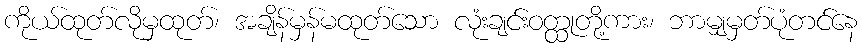
ကိုယ်ထုတ်လိုမှထုတ်၊ အချိန်မှန်မထုတ်သော လုံးချင်းဝတ္ထုတို့ကား၊ ဘာမျှမှတ်ပုံတင်နေ